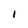
Character: 1